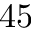
4 5